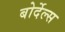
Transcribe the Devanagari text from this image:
बोर्देल्स